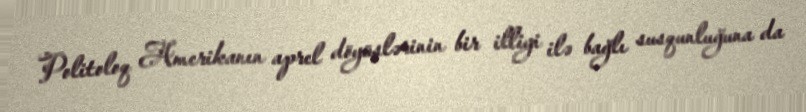
Politoloq Amerikanın aprel döyüşlərinin bir illiyi ilə bağlı susqunluğuna da